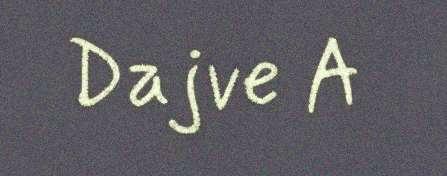
Dajve A